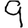
Digit: 9